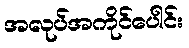
အလုပ်အကိုင်ပေါင်း